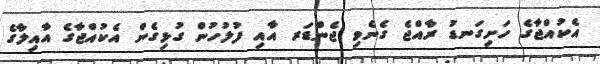
އެކުއްޖާގެ ހަށިގަނޑު ރާއްޖެ ގެނެވި ޖެންޑަރ އާއި ފުލުހުން ގުޅިގެން އެކުއްޖާގެ އާއިލާގެ